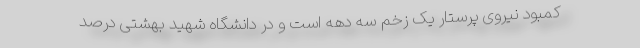
کمبود نیروی پرستار یک زخم سه دهه است و در دانشگاه شهید بهشتی درصد